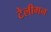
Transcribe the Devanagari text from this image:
टेलीगन